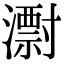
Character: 㵱